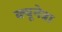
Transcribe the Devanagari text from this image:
क्यूनेत्रा